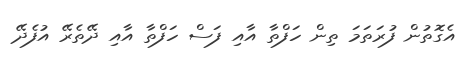
އެގޮތުން ފުރަތަމަ ތިން ހަފްތާ އާއި ފަސް ހަފްތާ އާއި ދޭތެރޭ އުފެދޭ